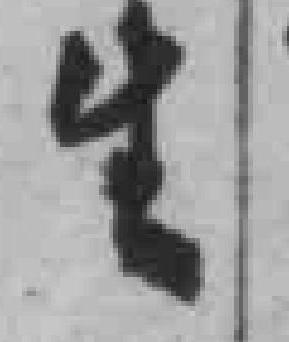
生